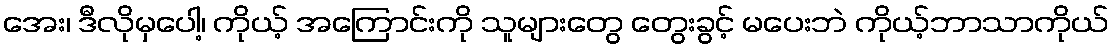
အေး၊ ဒီလိုမှပေါ့၊ ကိုယ့် အကြောင်းကို သူများတွေ တွေးခွင့် မပေးဘဲ ကိုယ့်ဘာသာကိုယ်